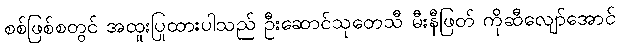
စစ်ဖြစ်စတွင် အထူးပြုထားပါသည် ဦးဆောင်သုတေသီ မီးနီဖြတ် ကိုဆီလျော်အောင်